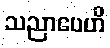
သညာပေဟိ